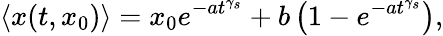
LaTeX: \langle x(t,x_{0})\rangle=x_{0}e^{-at^{\gamma_{s}}}+b\left(1-e^{-at^{\gamma_{s}}}\right),